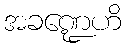
အခဏ္ဍေဟိ